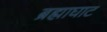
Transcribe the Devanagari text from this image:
ब्रह्माघाट